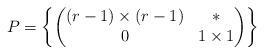
LaTeX: \begin{align*}P=\left\{\begin{pmatrix}(r-1)\times (r-1) & * \\ 0 & 1\times 1 \end{pmatrix} \right\}\end{align*}